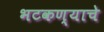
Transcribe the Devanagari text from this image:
भटकण्याचे